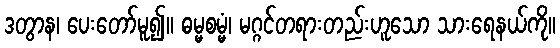
ဒတွာန၊ ပေးတော်မူ၍။ ဓမ္မစမ္မံ၊ မဂ္ဂင်တရားတည်းဟူသော သားရေနယ်ကို။